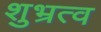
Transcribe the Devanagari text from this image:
शुभ्रत्व